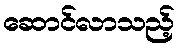
ဆောင်လာသည့်